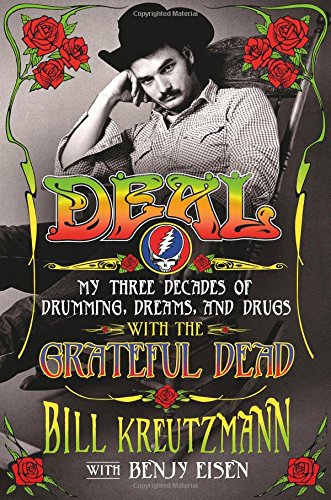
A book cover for Deal: My Three Decades of Drumming, Dreams, and Drugs with the Grateful Dead; Bill Kreutzmann; Arts & Photography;